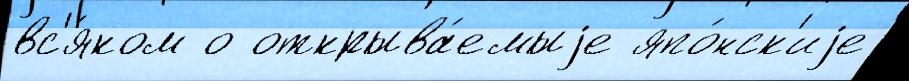
вс'я́ком о открыва́емыjе япо́нск'иjе